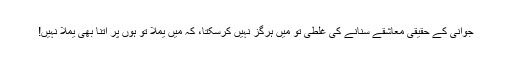
جوانی کے حقیقی معاشقے سنانے کی غلطی تو میں ہرگز نہیں کرسکتا، کہ میں یملا تو ہوں پر اتنا بھی یملا نہیں!